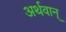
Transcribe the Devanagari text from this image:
अर्थवान्‌